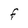
Character: f